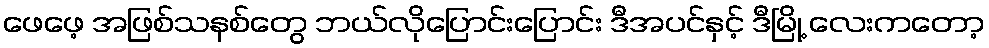
ဖေဖေ့ အဖြစ်သနစ်တွေ ဘယ်လိုပြောင်းပြောင်း ဒီအပင်နှင့် ဒီမြို့ လေးကတော့